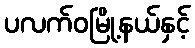
ပလက်ဝမြို့နယ်နှင့်